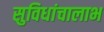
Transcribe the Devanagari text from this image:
सुविधांचालाभ